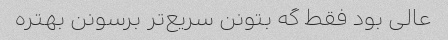
عالی بود فقط گه بتونن سریع‌تر برسونن بهتره